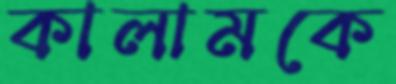
কালামকে